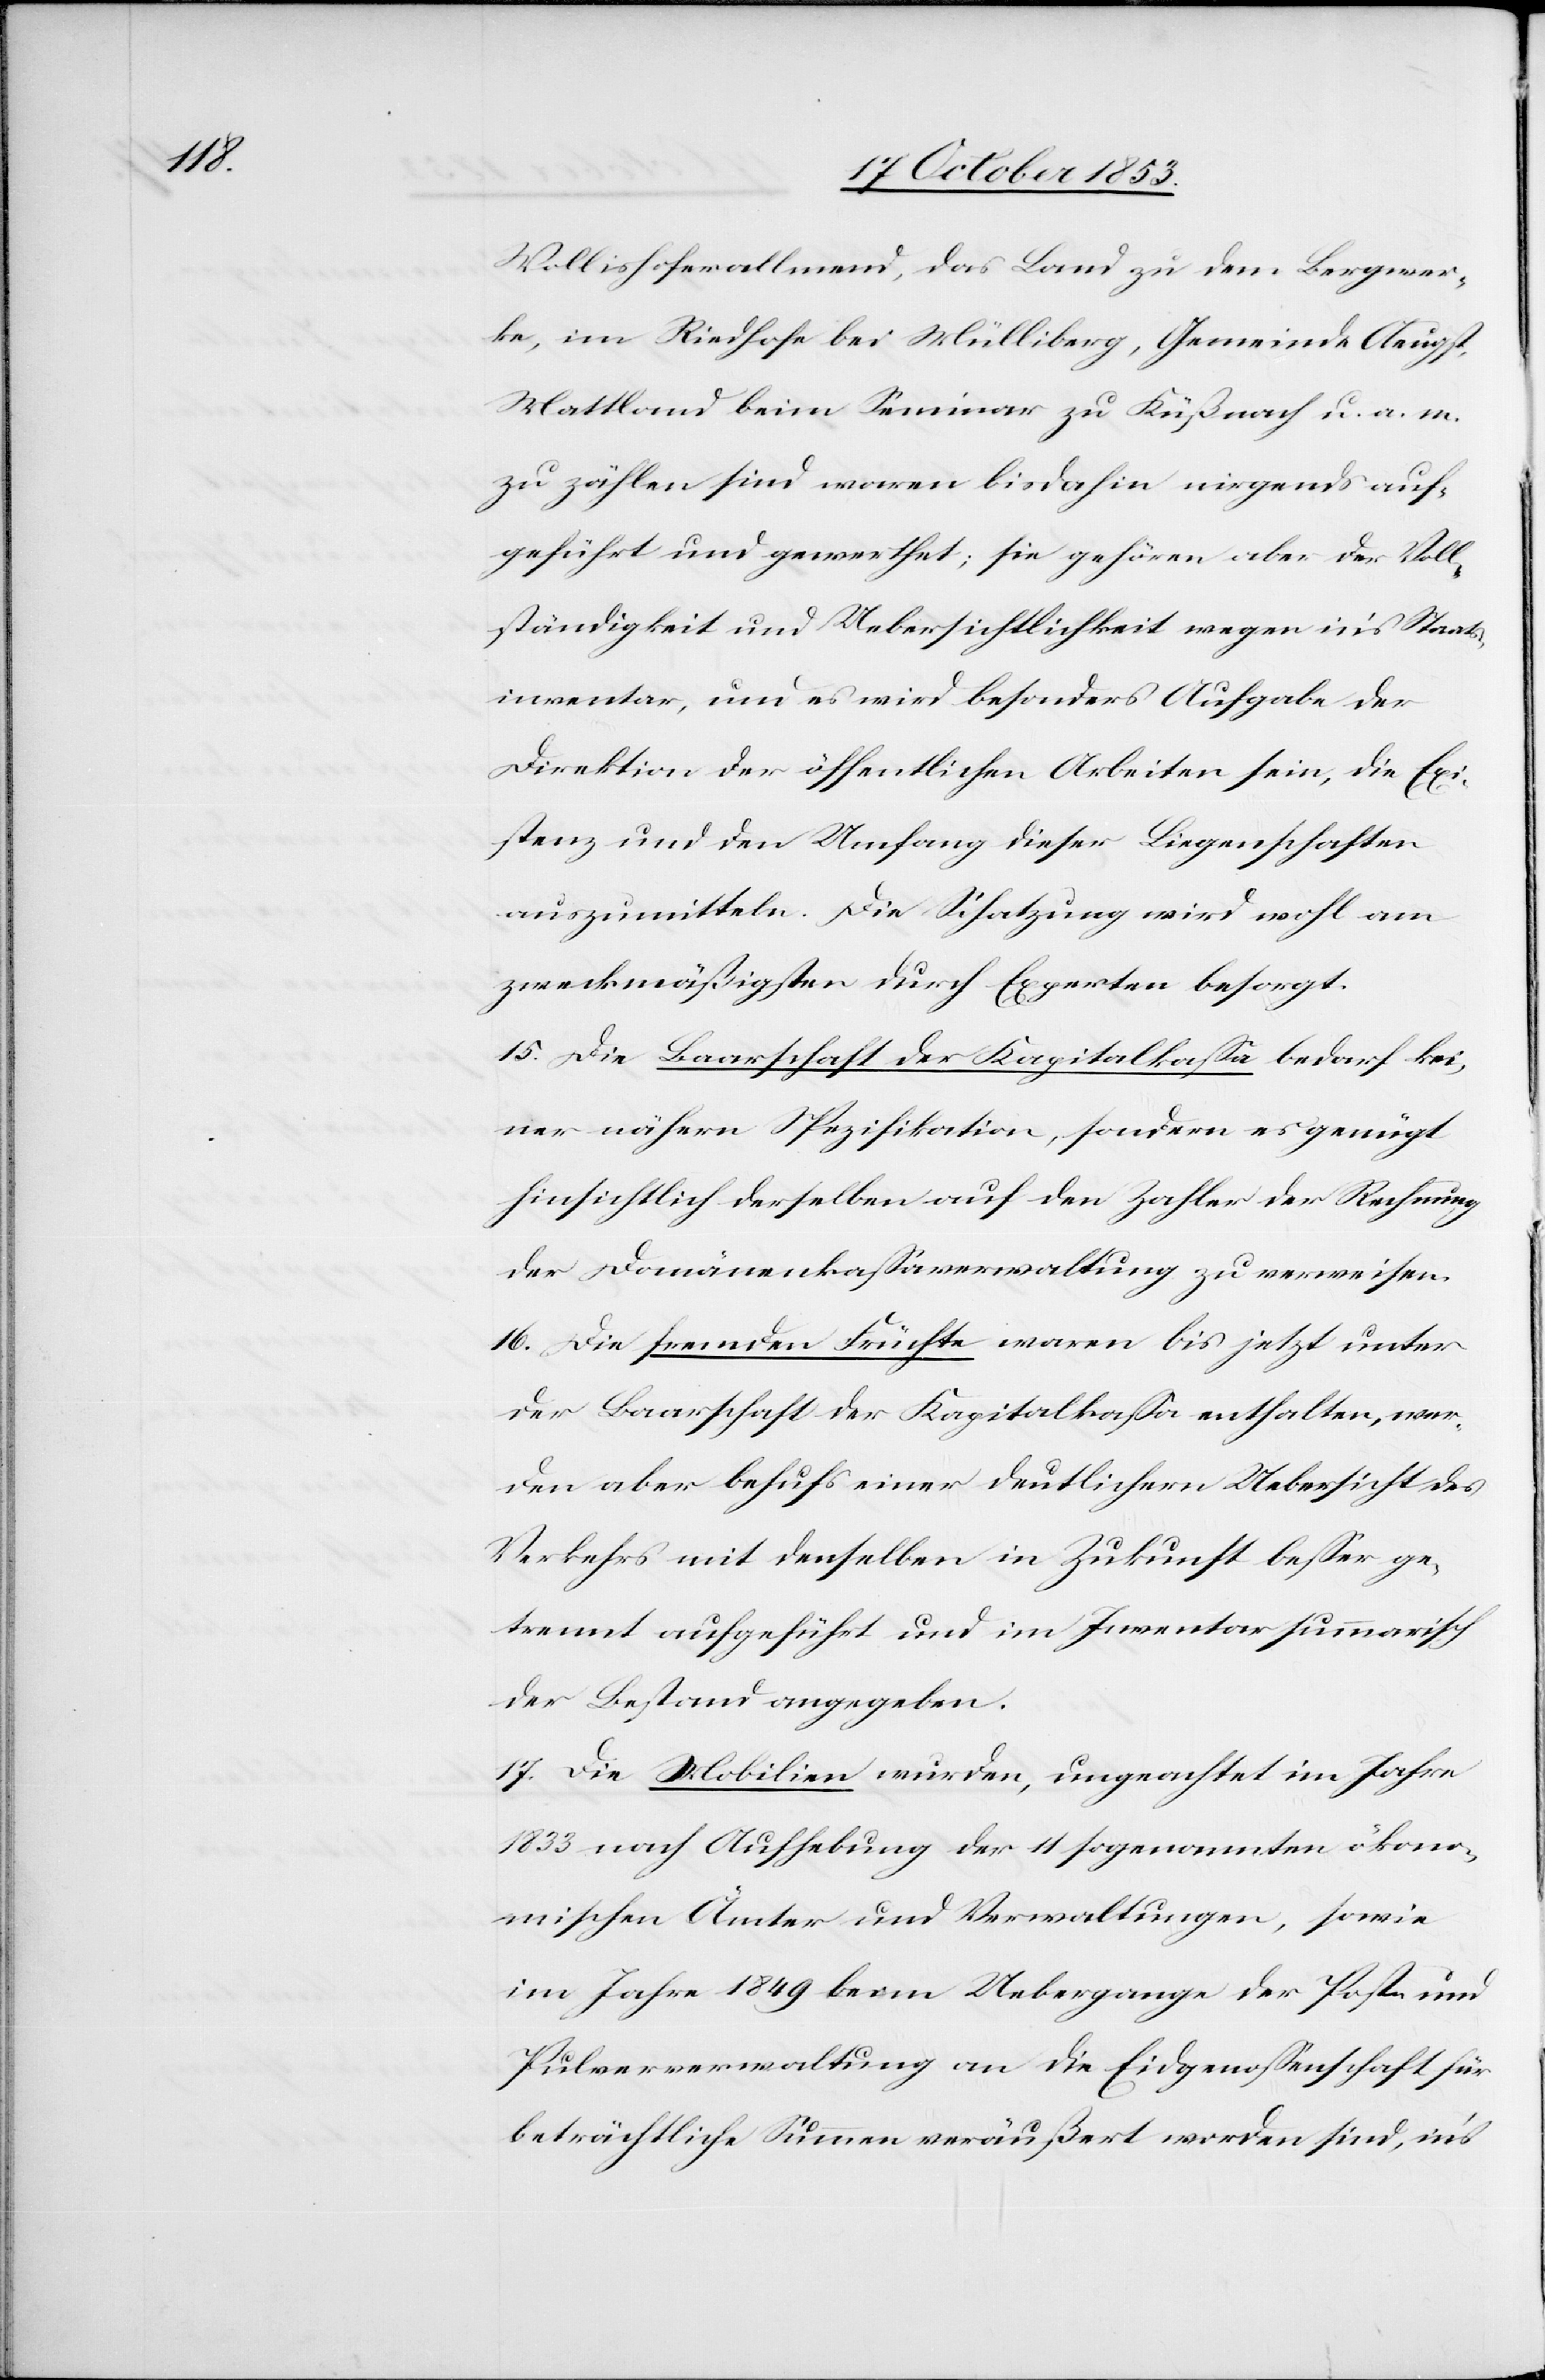
Wollishoferallmend, das Land zu dem Bergwer¬
ke, im Riedhofe bei Mülliberg, Gemeinde Aeugst,
Mattland beim Seminar zu Küßnacht u. a. m.
zu zählen sind waren bisdahin nirgends auf¬
geführt und gewerthet; sie gehören aber der Voll¬
ständigkeit und Uebersichtlichkeit wegen in’s Staats¬
inventar, und es wird besonders Aufgabe der
Direktion der öffentlichen Arbeiten sein, die Exi¬
stenz und den Umfang dieser Liegenschaften
auszumitteln. Die Schatzung wird wohl am
zweckmäßigsten durch Experten besorgt.
15. Die Baarschaft der Kapitalkaßa bedarf kei¬
ner nähern Spezifikation, sondern es genügt
hinsichtlich derselben auf den Zahler der Rechnung
der Domänenkaßaverwaltung zu verweisen.
16. Die fremden Früchte waren bis jetzt unter
der Baarschaft der Kapitalkaßa enthalten, wer¬
den aber behufs einer deutlichen Uebersicht des
Verkehrs mit denselben in Zukunft beßer ge¬
trennt aufgeführt und im Inventar summarisch
der Bestand angegeben.
17. Die Mobilien wurden, ungeachtet im Jahre
1833 nach Aufhebung der 11 sogenannten ökono¬
mischen Ämter und Verwaltungen, sowie
im Jahre 1849 beim Uebergange der Post- und
Pulververwaltung an die Eidgenossenschaft für
beträchtliche Summen veräußert worden sind, in’s